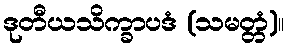
ဒုတီယသိက္ခာပဒံ (သမတ္တံ)။